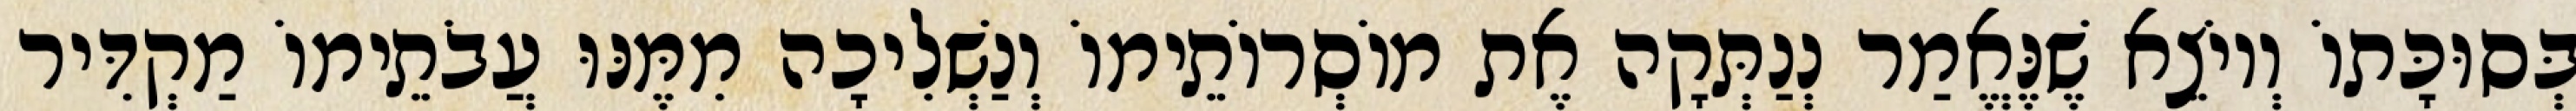
בְּסוּכָּתוֹ וְיוֹצֵא שֶׁנֶּאֱמַר נְנַתְּקָה אֶת מוֹסְרוֹתֵימוֹ וְנַשְׁלִיכָה מִמֶּנּוּ עֲבֹתֵימוֹ מַקְדִּיר